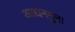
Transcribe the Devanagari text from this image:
आद्यनमुना